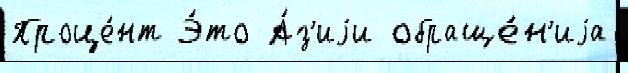
Проце́нт Э́то А́з'иjи обраще́н'иjа